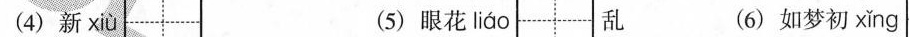
(4)新 xiù (5)眼花 liáo 乱 (6)如梦初 xǐng